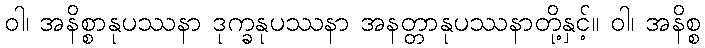
ဝါ၊ အနိစ္စာနုပဿနာ ဒုက္ခနုပဿနာ အနတ္တာနုပဿနာတို့နှင့်။ ဝါ၊ အနိစ္စ